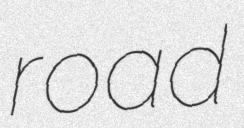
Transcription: road